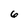
Character: 6